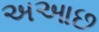
અઆછ